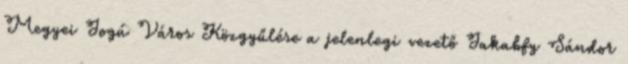
Megyei Jogú Város Közgyűlése a jelenlegi vezető Jakabfy Sándor